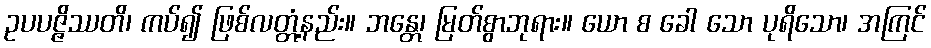
ဥပပဇ္ဇိဿတိ၊ ကပ်၍ ဖြစ်လတ္တံ့နည်း။ ဘန္တေ၊ မြတ်စွာဘုရား။ ယော စ ခေါ သော ပုရိသော၊ အကြင်